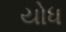
યોધ